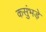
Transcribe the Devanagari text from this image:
कसुंभड़े